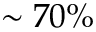
\sim 7 0 \%